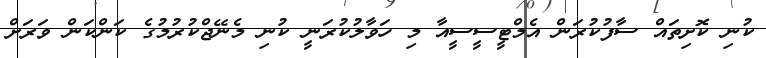
ކުނި ކޮށިތައް ސާފުކުރަން އެމްޓީސީސީއާ މި ހަވާލުކުރަނީ ކުނި މެނޭޖްކުރުމުގެ ކަންކަން ވަރަށް